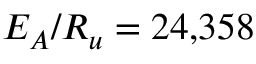
E _ { A } / R _ { u } = 2 4 { , } 3 5 8